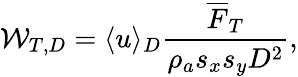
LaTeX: \mathcal{W}_{T,D}=\langle u\rangle_{D}\frac{\overline{{F}}_{T}}{\rho_{a}s_{x}s_{y}D^{2}},